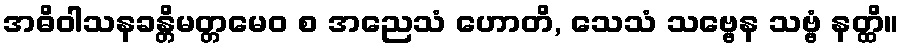
အဓိဝါသနခန္တိမတ္တမေဝ စ အညေသံ ဟောတိ, သေသံ သဗ္ဗေန သဗ္ဗံ နတ္ထိ။